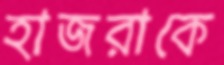
হাজরাকে